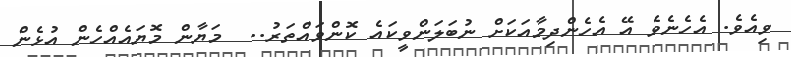
ވިއެވެ. އެހެނެވެ އޭ އެހެންދިމާއަކަށް ނުބަލަންވީކައެ ކޮންވައްތަރު..  މަޔާން މޮޔައެއްހެން އުޅެން